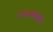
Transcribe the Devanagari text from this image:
१४०७मध्ये